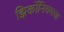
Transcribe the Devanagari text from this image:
झिर्कोनियमचा